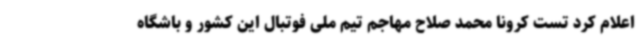
اعلام کرد تست کرونا محمد صلاح مهاجم تیم ملی فوتبال این کشور و باشگاه